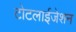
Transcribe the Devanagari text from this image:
टोटलाईजेशन